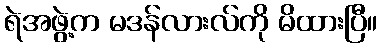
ရဲအဖွဲ့က မဒန်လားလ်ကို မိထားပြီ။